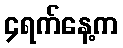
၄ရက်နေ့က